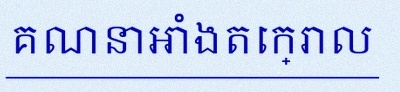
គណនាអាំងតេក្រាល